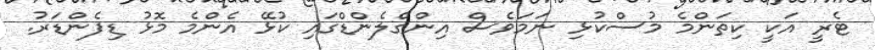
ޓެރީ އަކީ ކިތަންމެ މުސްކުޅި ނަމަވެސް އިންގްލެންޑްގައި ކުޅޭ އެންމެ މޮޅު ޑިފެންޑަރު.